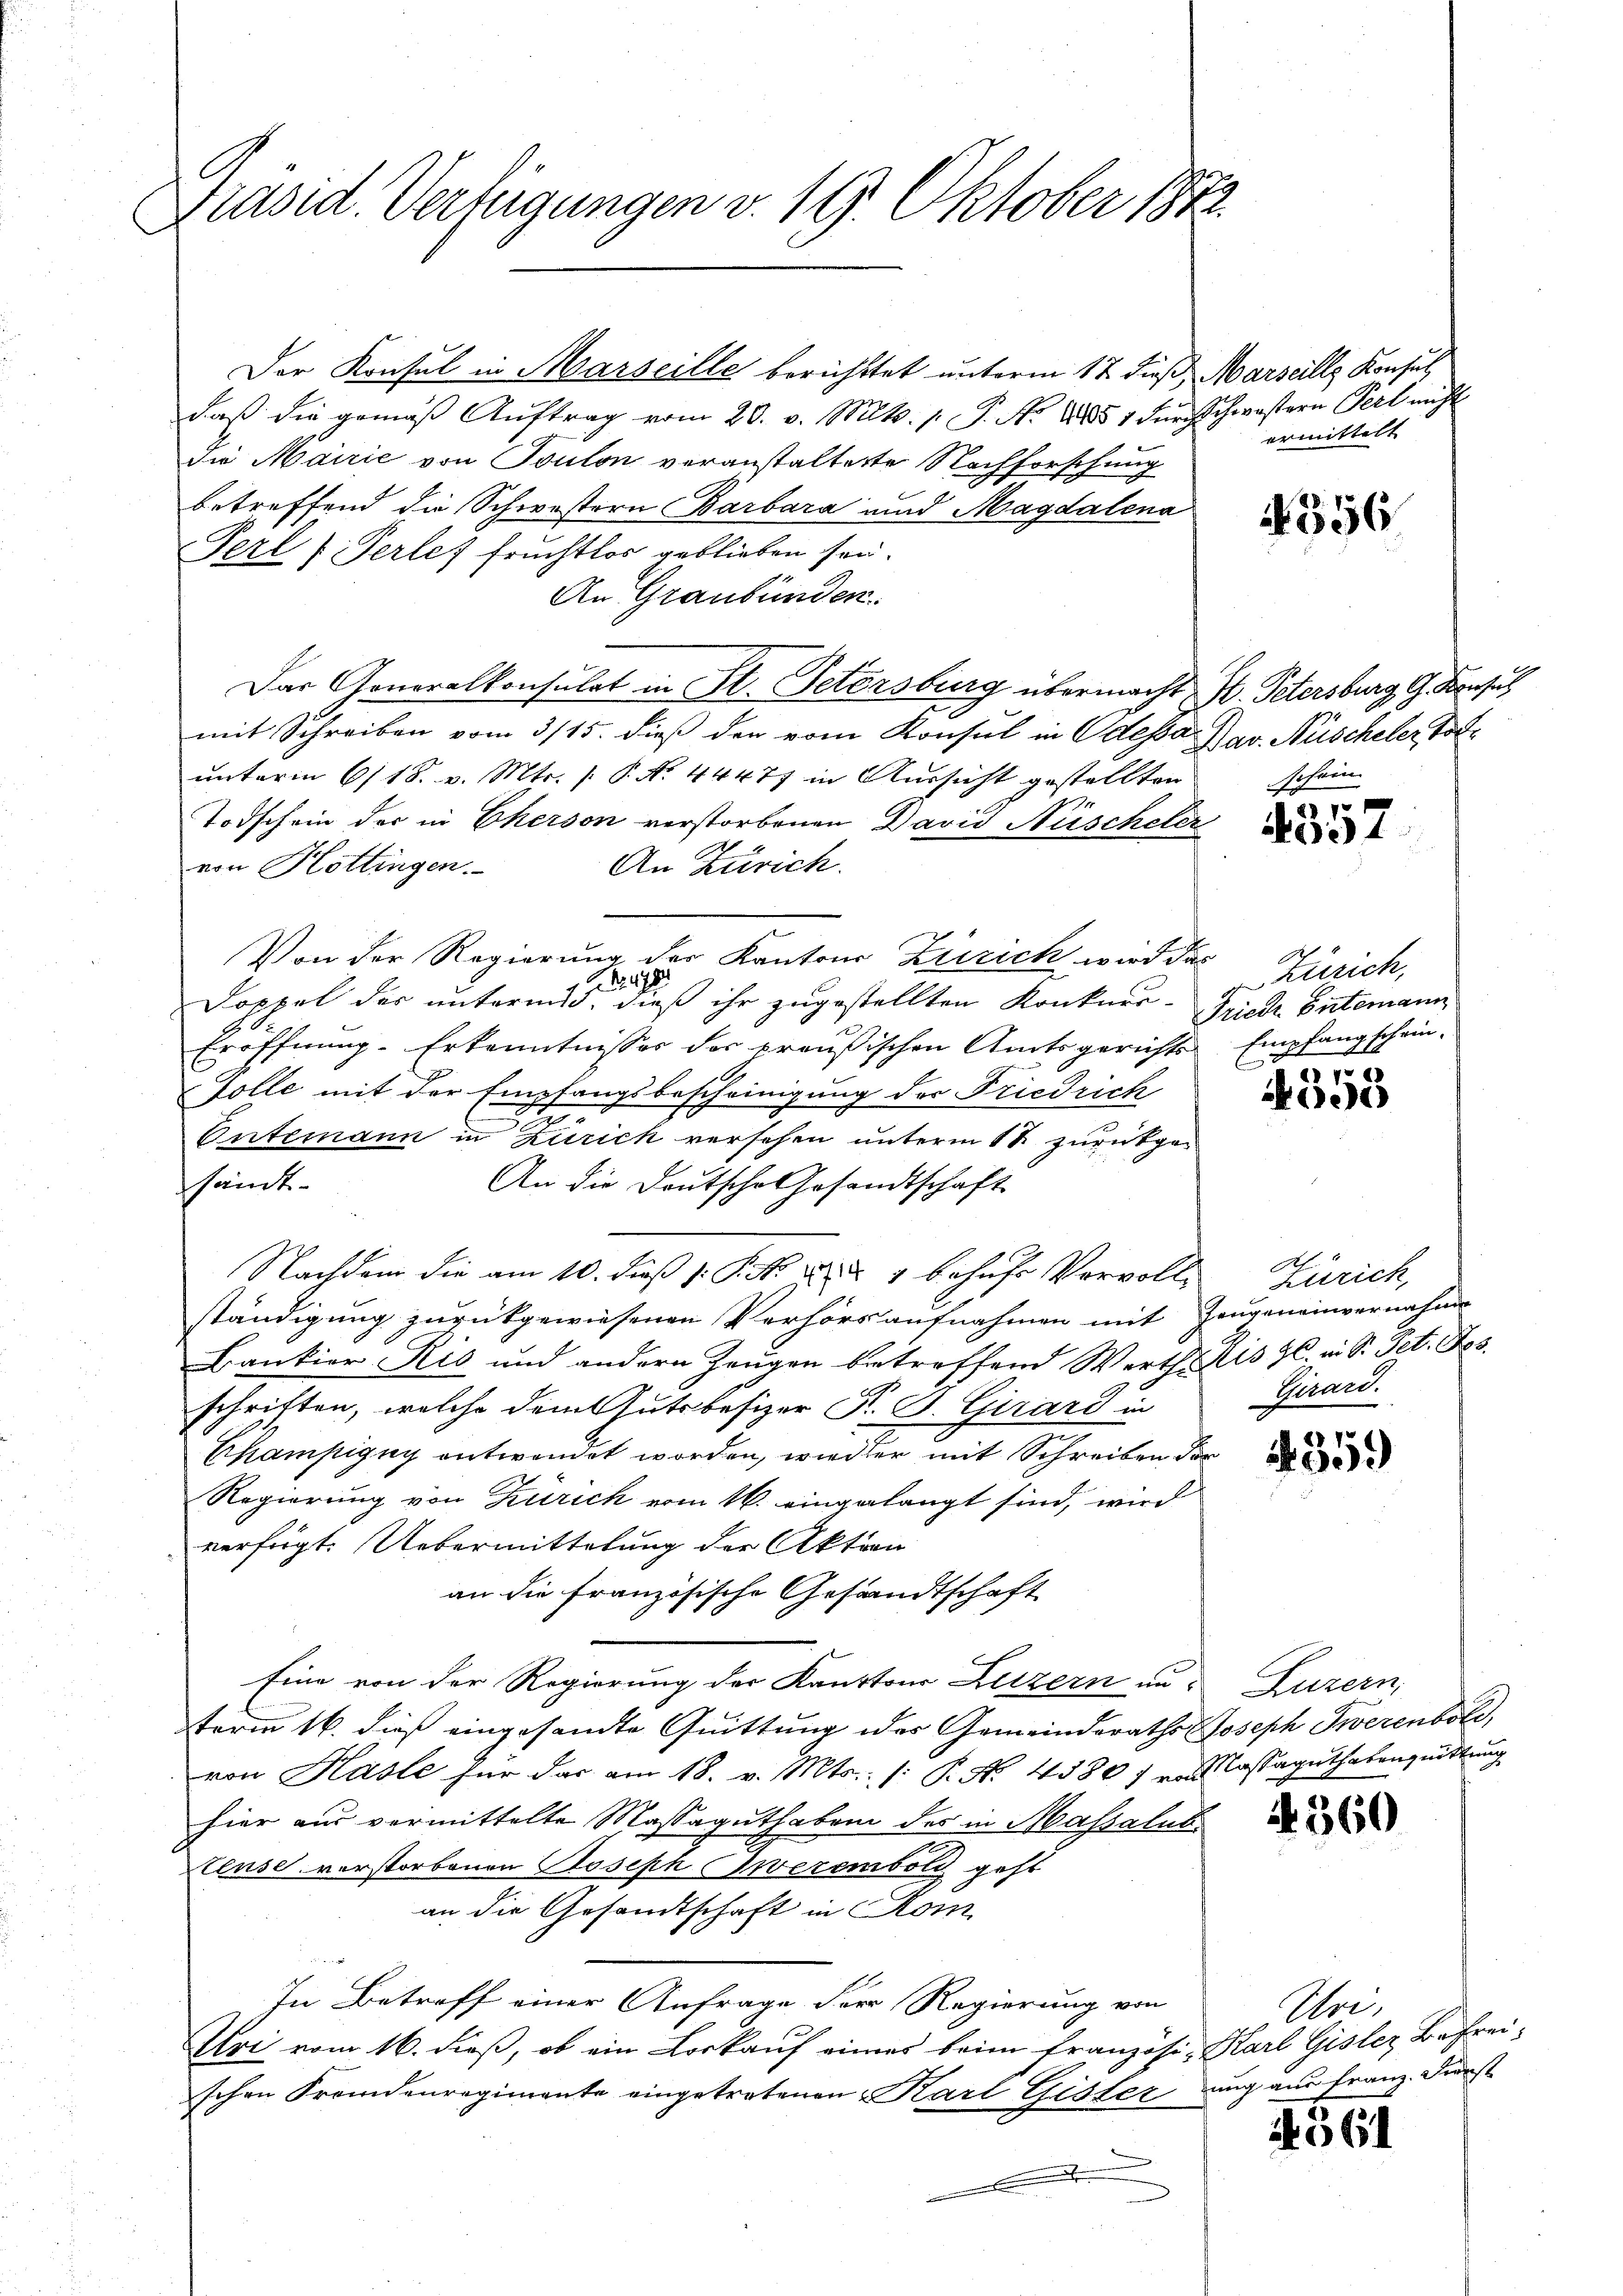
Präsid. Verfügungen v. 19. Oktober 1822.

Der Konsul in Marseille berichttet unterm 17. dieß, Marseille Konsul
daß die gemäß Auftrag vom 20. v. Mts. 1. P. No. 1851 durchschwestern Perl nicht
Die Mairie von Toulon voranstalterte Nachforschung
betreffend die Schwestern Barbara und Magdalena
Perl f Perlei Fruchtlos geblieben sei.
An Graubünden
Das Generalkonsulat in St. Petersburg übermacht Hr. Petersburg, G. Konsul
mit Schreiben vom 3/15. dieß den vom Konsul in Odessa Zav. Nüscheler totunterm 6/18. v. Mts. [ P. No. 44477 in Aussicht gestellten
Todschein der in Cherson verstorbenen David Nüscheler
An Zürich.
von Hottingen.
Von der Regierung der Kantons Zürich wird das
 d. 178
Doppel des untermid, dieß ihr zugestellten Konkurr-
Eröffnung-Erkenntnisser der preußischen Amtsgerichts
Folle mit der Empfangsbescheinigung des Friedrich
7
Entemann in Zürich versehen unterm 1te zurückgesämt-
An die Deutsche Gesandtschaft
Nachdem die am 10. dieß P. P. Nr. 2. 1 behufs Vervolli
ständigung zurückgewiesenen Verhörs aufnahmen mit Zeugeneinvernahme
Bankier-Ris und andern Zeugen betreffend Werth Ris 96. i. S. Pet. Jos.
schriften, welche dem Gutsbesizer K. B. Girard in
Champigny entwendet worden, wieder mit Schreiben der
Regierung von Zürich vom 16. eingelangt sind, wird
verfügt: Uebermittelung der Aktien
an die Französische Gesandtschaft
Eine von der Regierung der Kantons Luzern unterm 16. dieß eingesandte Quittung des Gemeinderath Joseph Twerenbold,
von Kaste für das am 18. v. Mts. (: P. Nr. 4530 f von Massaguthabenquittung
hier aus vermittelte Massaguthaben des in Massalut
teuse verstorbenen Joseph Twerembold geht
an die Gesandtschaft in Rom
In Betreff einer Anfrage der Regierung von
Uri vom 16. dieß, ob ein Loskauf eines beim französi-Karl Gisler Befreischen Fremdenregimente eingetretenen Karl Gester aug aus Franz. Dienst
.
.

ermittelt

N 356

schein

.
4334

6
Zürich,
Friede Entemann
Empfang scheinc

7
e

A
Zürich,
Girard.

1359

Luzern,

4360

561

Uri,